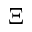
\Xi